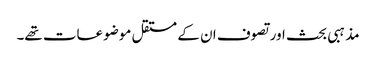
مذہبی بحث اور تصوف ان کے مستقل موضوعات تھے۔